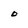
Character: o